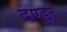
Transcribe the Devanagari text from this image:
दण्डः